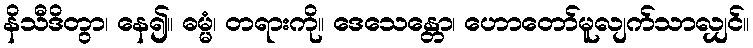
နိသီဒိတွာ၊ နေ၍။ ဓမ္မံ၊ တရားကို။ ဒေသေန္တော၊ ဟောတော်မူလျက်သာလျှင်။